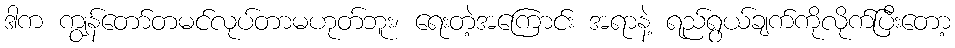
ဒါက ကျွန်တော်တမင်လုပ်တာမဟုတ်ဘူး၊ ရေးတဲ့အကြောင်း အရာနဲ့ ရည်ရွယ်ချက်ကိုလိုက်ပြီးတော့